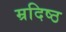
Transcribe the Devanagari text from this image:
म्रदिष्ठ